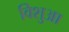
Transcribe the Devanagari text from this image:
विशुआ